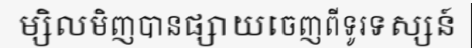
ម្សិលមិញបានផ្សាយចេញពីទូរទស្សន៍